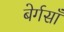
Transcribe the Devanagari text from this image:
बेर्गसाँ